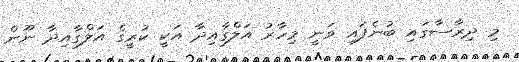
މި ދިރާސާގައި ބުނެފައި ވަނީ މިހާރު އަލްގާއިދާ އަކީ ކުރީގެ އަލްގާއިދާ ނޫން